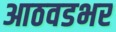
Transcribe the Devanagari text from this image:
आठवडभर